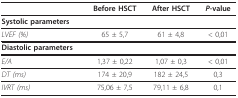
<table><thead><tr><td></td><td><b>Before HSCT</b></td><td><b>After HSCT</b></td><td><b><i>P</i>-value</b></td></tr></thead><tbody><tr><td><b>Systolic parameters</b></td><td></td><td></td><td></td></tr><tr><td><i>LVEF (%)</i></td><td>65 ± 5,7</td><td>61 ± 4,8</td><td>&lt; 0,01</td></tr><tr><td><b>Diastolic parameters</b></td><td></td><td></td><td></td></tr><tr><td><i>E/A</i></td><td>1,37 ± 0,22</td><td>1,07 ± 0,3</td><td>&lt; 0,01</td></tr><tr><td><i>DT (ms)</i></td><td>174 ± 20,9</td><td>182 ± 24,5</td><td>0,3</td></tr><tr><td><i>IVRT (ms)</i></td><td>75,06 ± 7,5</td><td>79,11 ± 6,8</td><td>0,1</td></tr></tbody></table>